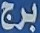
برج